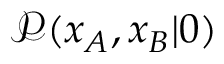
\mathcal { P } ( x _ { A } , x _ { B } \vert 0 )